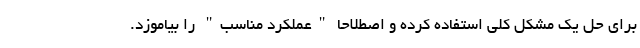
برای حل یک مشکل کلی استفاده کرده و اصطلاحا "عملکرد مناسب" را بیاموزد.